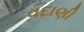
વદાણી